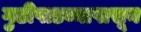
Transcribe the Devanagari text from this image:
गुढीपाडव्यापासून